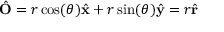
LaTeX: { \hat { \mathbf { O } } } = r \cos ( \theta ) { \hat { \mathbf { x } } } + r \sin ( \theta ) { \hat { \mathbf { y } } } = r { \hat { \mathbf { r } } }